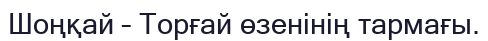
Шоңқай – Торғай өзенінің тармағы.